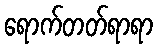
ရောက်တတ်ရာရာ